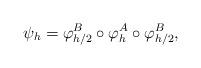
LaTeX: \begin{align*}\psi_{h} = \varphi_{h/2}^B \circ \varphi_{h}^A\circ \varphi_{h/2}^B,\end{align*}